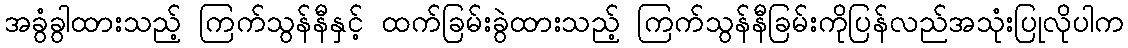
အခွံခွါထားသည့် ကြက်သွန်နီနှင့် ထက်ခြမ်းခွဲထားသည့် ကြက်သွန်နီခြမ်းကိုပြန်လည်အသုံးပြုလိုပါက